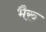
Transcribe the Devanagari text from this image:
भैरु